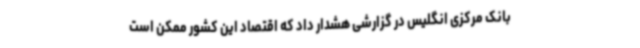
بانک مرکزی انگلیس در گزارشی هشدار داد که اقتصاد این کشور ممکن است